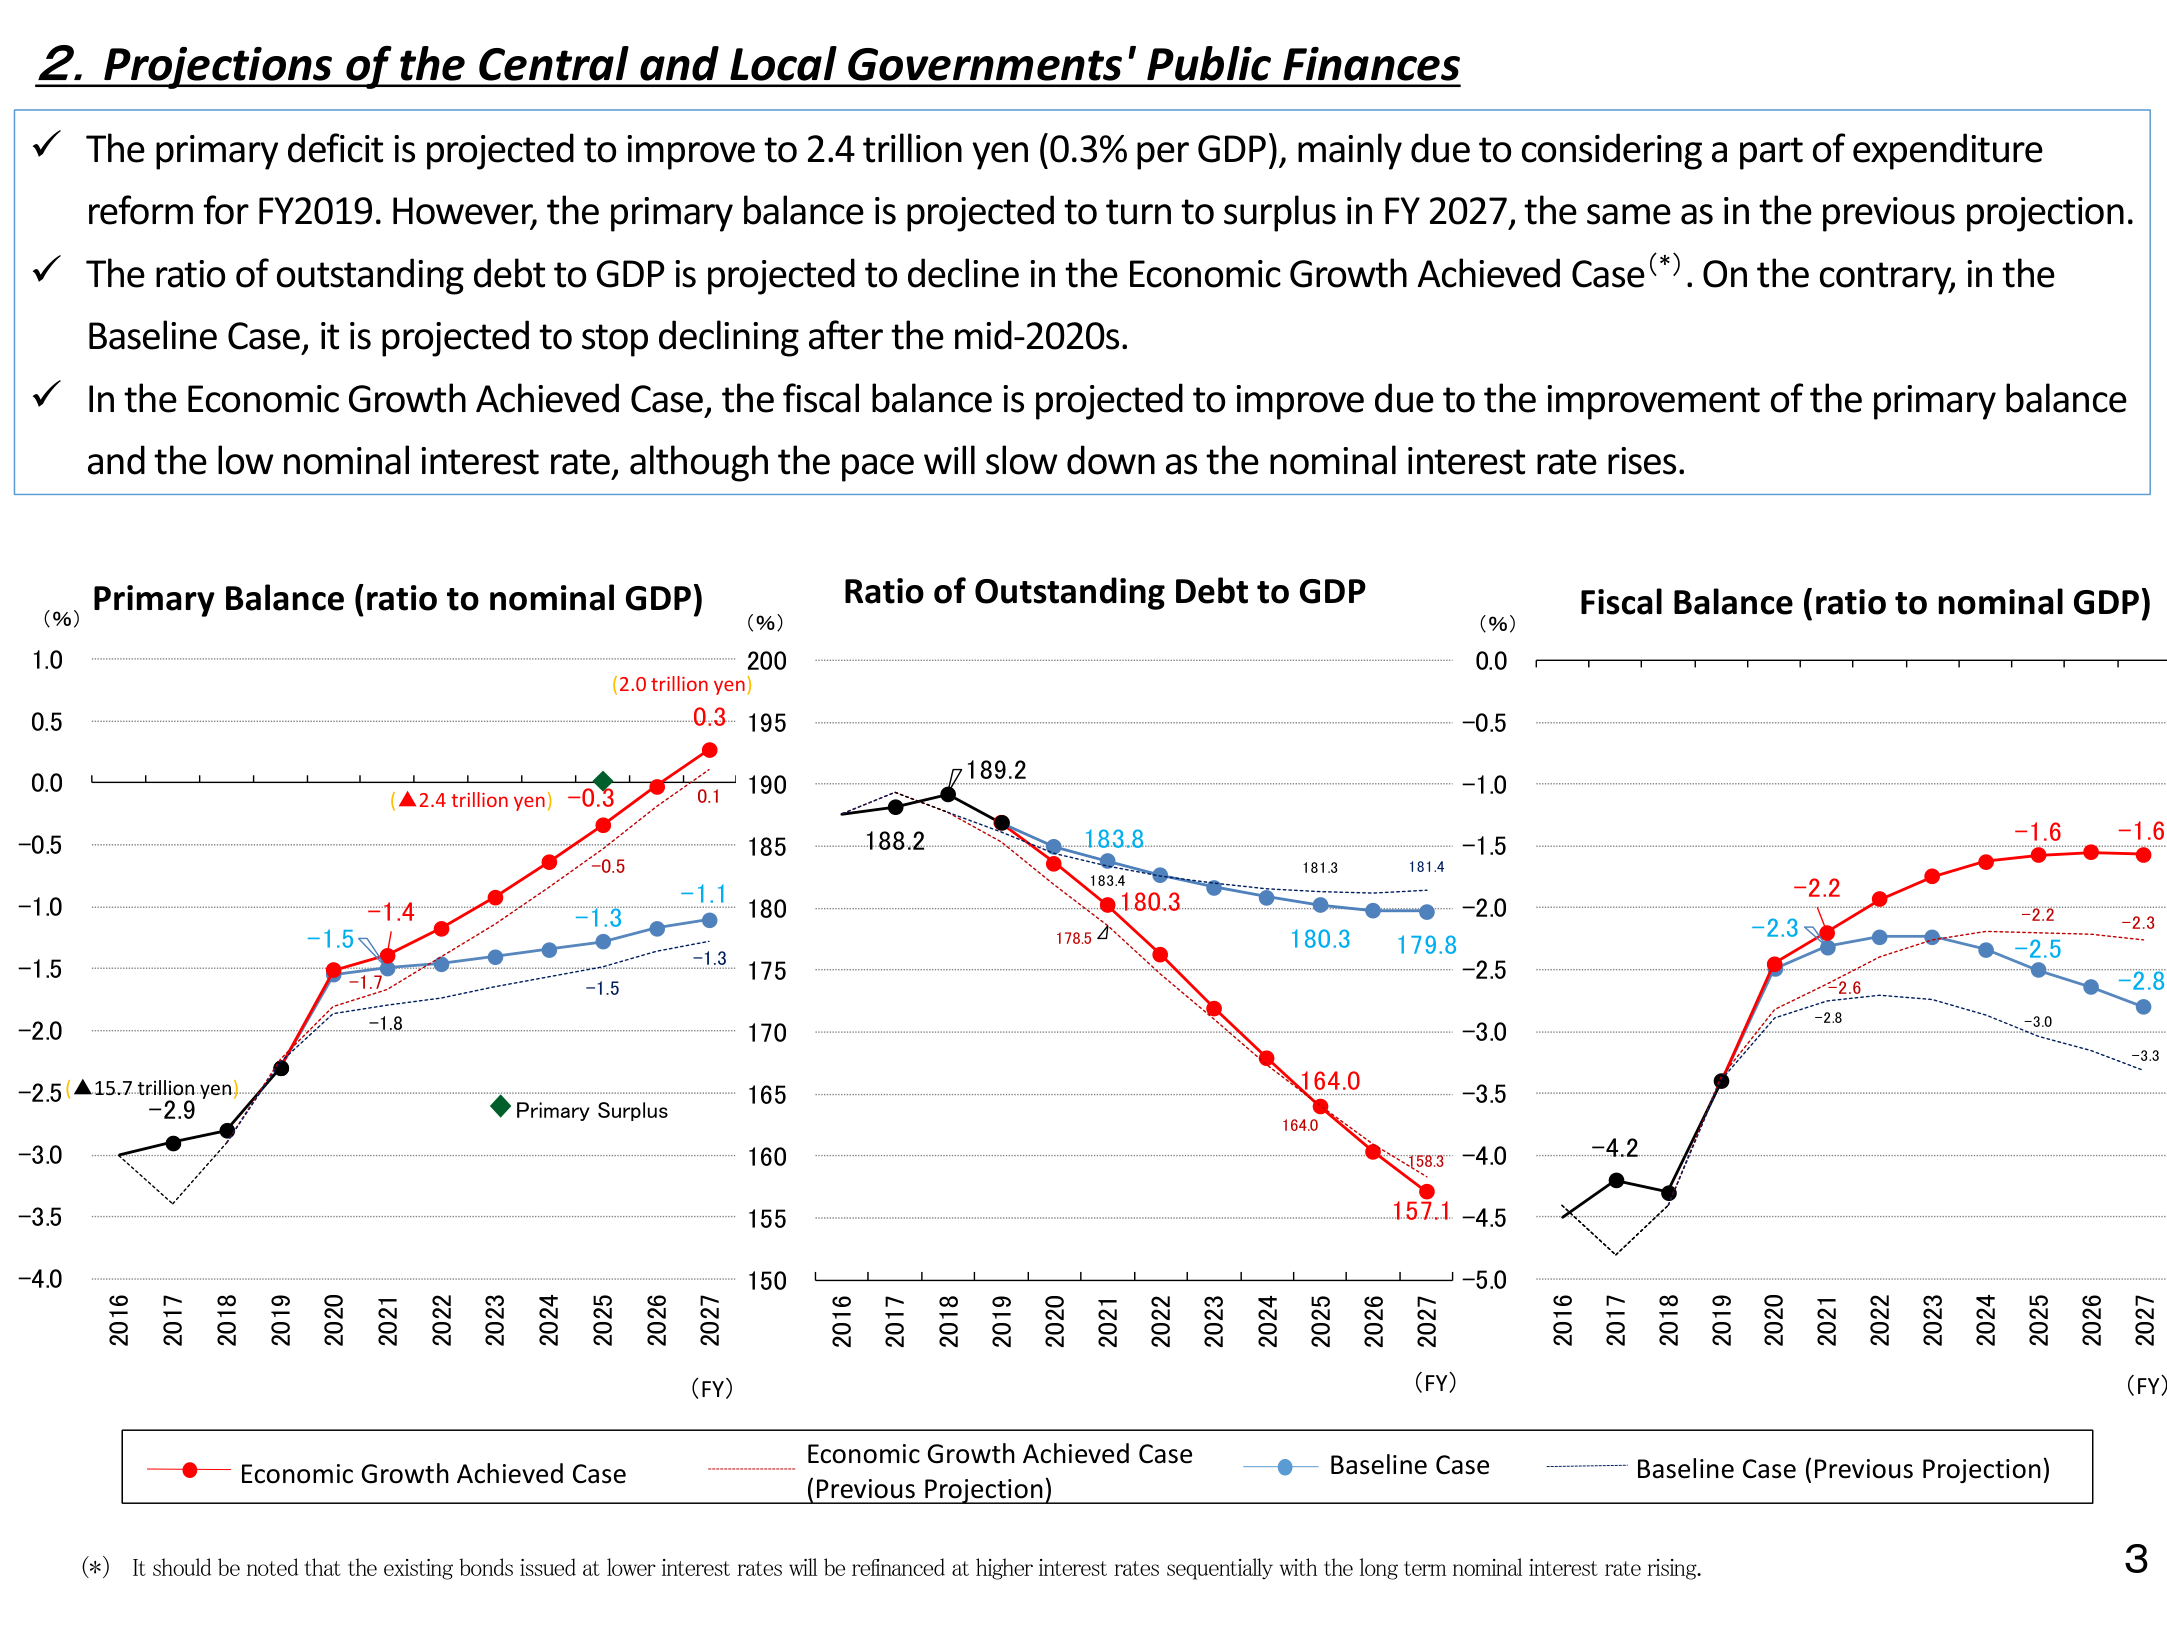
2. Projections of the Central and Local Governments' Public Finances

✓ The primary deficit is projected to improve to 2.4 trillion yen (0.3% per GDP), mainly due to considering a part of expenditure reform for FY2019. However, the primary balance is projected to turn to surplus in FY 2027, the same as in the previous projection.

✓ The ratio of outstanding debt to GDP is projected to decline in the Economic Growth Achieved Case (*). On the contrary, in the Baseline Case, it is projected to stop declining after the mid-2020s.

✓ In the Economic Growth Achieved Case, the fiscal balance is projected to improve due to the improvement of the primary balance and the low nominal interest rate, although the pace will slow down as the nominal interest rate rises.

Primary Balance (ratio to nominal GDP)
(%) 1.0
0.5
0.0
-0.5
-1.0
-1.5
-2.0
-2.5
-3.0
-3.5
-4.0
2016 2017 2018 2019 2020 2021 2022 2023 2024 2025 2026 2027
(FY)
(▲15.7 trillion yen) -2.9
-1.5
-1.7
-1.4
-1.3
-0.5
-1.3
-1.8
(▲2.4 trillion yen)
(2.0 trillion yen)
0.3
0.1
-0.3
Primary Surplus

Ratio of Outstanding Debt to GDP
(%) 200
195
190
185
180
175
170
165
160
155
150
2016 2017 2018 2019 2020 2021 2022 2023 2024 2025 2026 2027
(FY)
188.2
189.2
183.8
183.4
180.3
178.5
181.3
181.4
180.3
179.8
164.0
164.0
158.3
157.1

Fiscal Balance (ratio to nominal GDP)
(%) 0.0
-0.5
-1.0
-1.5
-2.0
-2.5
-3.0
-3.5
-4.0
-4.5
-5.0
2016 2017 2018 2019 2020 2021 2022 2023 2024 2025 2026 2027
(FY)
-4.2
-2.3
-2.2
-2.5
-2.8
-3.3
-3.0
-2.6
-2.8
-2.2
-2.3
-1.6
-1.6

Economic Growth Achieved Case
Economic Growth Achieved Case (Previous Projection)
Baseline Case
Baseline Case (Previous Projection)

(*) It should be noted that the existing bonds issued at lower interest rates will be refinanced at higher interest rates sequentially with the long term nominal interest rate rising.

3